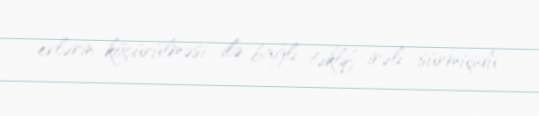
evlərin köçürülməsi ilə bağlı təklif irəli sürmüşdü.